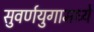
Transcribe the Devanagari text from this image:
सुवर्णयुगामध्ये